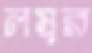
লম্বর